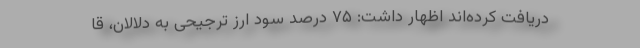
دریافت کرده‌اند اظهار داشت: ۷۵ درصد سود ارز ترجیحی به دلالان،‌ قا